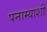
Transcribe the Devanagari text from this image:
पनाम्याशी